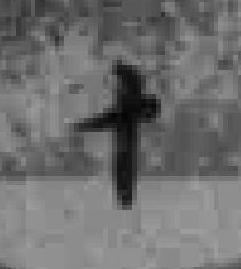
十